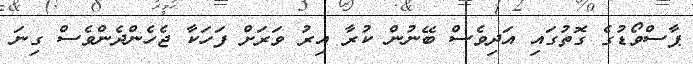
ޕާސްވޯޑުގެ ގޮތުގައި އަދިވެސް ބޭނުން ކުރާ އިރު ވަރަށް ފަހަކާ ޖެހެންދެންވެސް ގިނަ